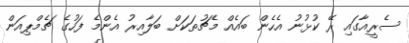
ސެރީއާގައި ރޭ ކުޅުނު އެހެން ބައެއް މެޗުތަކަށް ބަލާއިރު އެންމެ ފަހުގެ ޗެމްޕިއަން